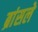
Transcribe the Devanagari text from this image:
ब्रांसले